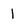
Character: 1